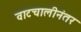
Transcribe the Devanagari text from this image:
वाटचालीनंतर